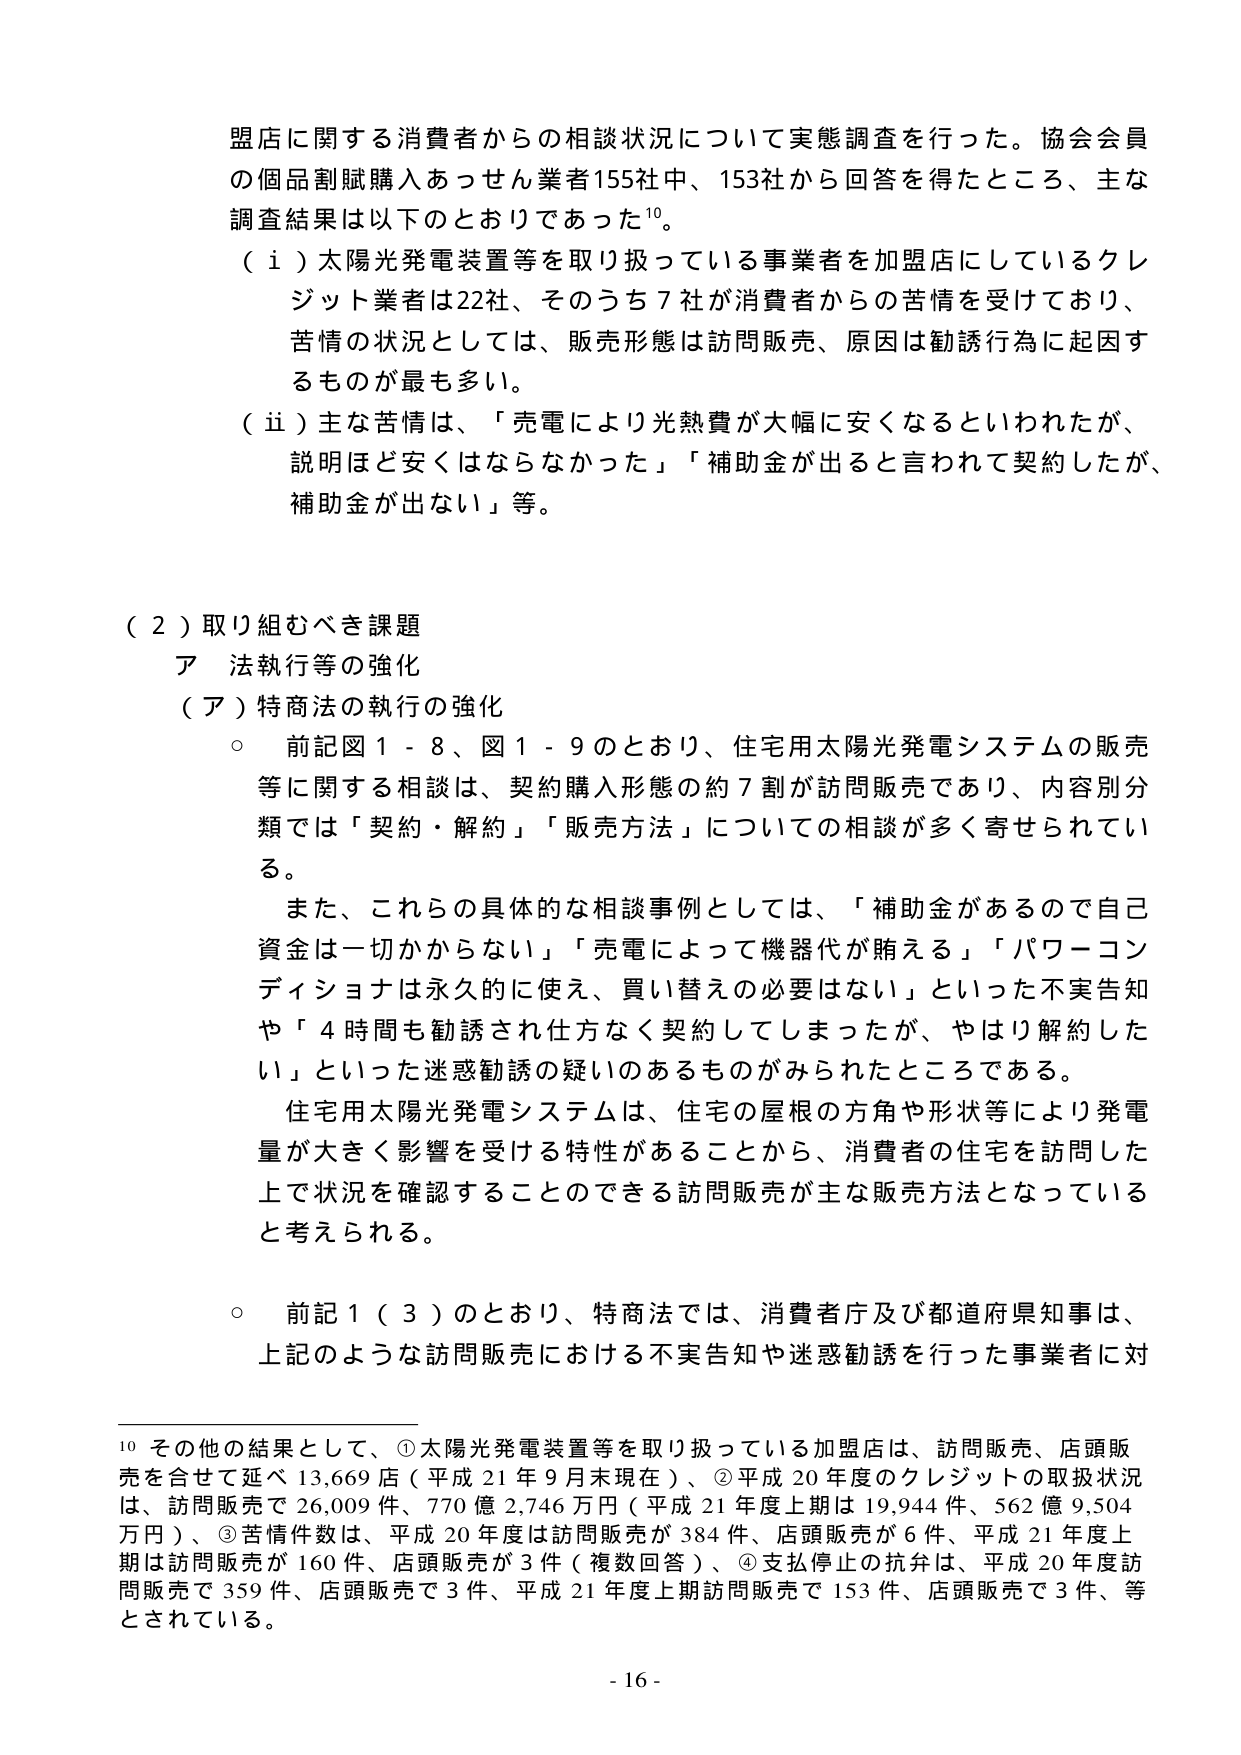
盟店に関する消費者からの相談状況について実態調査を行った。協会会員の個品割賦購入あっせん業者155社中、153社から回答を得たところ、主な調査結果は以下のとおりであった¹⁰。

（ⅰ）太陽光発電装置等を取り扱っている事業者を加盟店にしているクレジット業者は22社、そのうち7社が消費者からの苦情を受けており、苦情の状況としては、販売形態は訪問販売、原因は勧誘行為に起因するものが最も多い。

（ⅱ）主な苦情は、「売電により光熱費が大幅に安くなるといわれたが、説明ほど安くはならなかった」「補助金が出ると言われて契約したが、補助金が出ない」等。

（２）取り組むべき課題
ア 法執行等の強化
（ア）特商法の執行の強化
○ 前記図１－８、図１－９のとおり、住宅用太陽光発電システムの販売等に関する相談は、契約購入形態の約７割が訪問販売であり、内容別分類では「契約・解約」「販売方法」についての相談が多く寄せられている。

また、これらの具体的な相談事例としては、「補助金があるので自己資金は一切かからない」「売電によって機器代が賄える」「パワーコンディショナは永久的に使え、買い替えの必要はない」といった不実告知や「４時間も勧誘され仕方なく契約してしまったが、やはり解約したい」といった迷惑勧誘の疑いのあるものがみられたところである。

住宅用太陽光発電システムは、住宅の屋根の方角や形状等により発電量が大きく影響を受ける特性があることから、消費者の住宅を訪問した上で状況を確認することのできる訪問販売が主な販売方法となっていると考えられる。

○ 前記１（３）のとおり、特商法では、消費者庁及び都道府県知事は、上記のような訪問販売における不実告知や迷惑勧誘を行った事業者に対

¹⁰ その他の結果として、①太陽光発電装置等を取り扱っている加盟店は、訪問販売、店頭販売を合せて延べ13,669店（平成21年9月末現在）、②平成20年度のクレジットの取扱状況は、訪問販売で26,009件、770億2,746万円（平成21年度上期は19,944件、562億9,504万円）、③苦情件数は、平成20年度は訪問販売が384件、店頭販売が6件、平成21年度上期は訪問販売が160件、店頭販売が3件（複数回答）、④支払停止の抗弁は、平成20年度訪問販売で359件、店頭販売で3件、平成21年度上期訪問販売で153件、店頭販売で3件、等とされている。

- 16 -